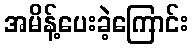
အမိန့်ပေးခဲ့ကြောင်း